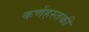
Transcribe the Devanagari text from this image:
कर्णहस्तकी